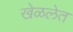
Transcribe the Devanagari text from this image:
खेळलेत